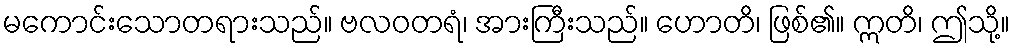
မကောင်းသောတရားသည်။ ဗလဝတရံ၊ အားကြီးသည်။ ဟောတိ၊ ဖြစ်၏။ ဣတိ၊ ဤသို့။